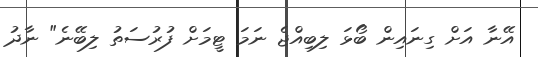
އޭނާ އަށް ގިނައިން ބޯޅަ ލިބިއްޖެ ނަމަ ޓީމަށް ފުރުސަތު ލިބޭނެ" ނާދު